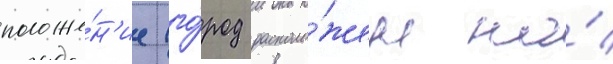
положе́н'ие (го́род располо́жен на́